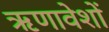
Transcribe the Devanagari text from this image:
ऋणावेशों